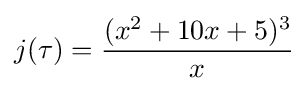
j(\tau )={\frac {(x^{2}+10x+5)^{3}}{x}}